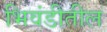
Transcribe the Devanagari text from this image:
भिवंडीतील